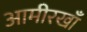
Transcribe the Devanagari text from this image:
आमीरखाँ